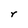
Character: r